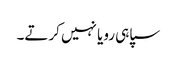
سپاہی رویا نہیں کرتے۔